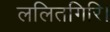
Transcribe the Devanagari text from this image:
ललितगिरि।